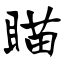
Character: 瞄